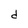
Character: d